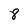
Character: 8